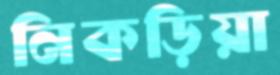
নিকড়িয়া